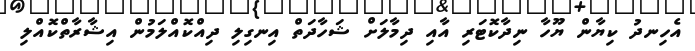
އެހިނދު ކިޔާން ޔޫހާ ނިދާކޮޓަރި އާއި ދިމާލަށް ޝަހާދަތް އިނގިލި ދިއްކޮއްލަމުން އިޝާރާތްކޮއްލި